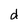
Character: d